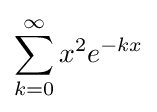
\sum _{k=0}^{\infty }x^{2}e^{-kx}